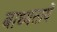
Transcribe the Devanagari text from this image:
बाध्यतायें